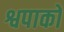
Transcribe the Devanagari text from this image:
श्वपाको